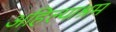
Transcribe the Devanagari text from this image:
अहिल्याश्रम